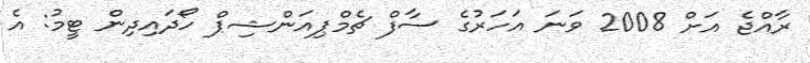
ރާއްޖެ އަށް 2008 ވަނަ އަހަރުގެ ސާފް ޗެމްޕިއަންޝިޕް ހޯދައިދިން ޓީމު: އެ